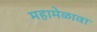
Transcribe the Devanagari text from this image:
महामेळावा